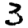
Digit: 3